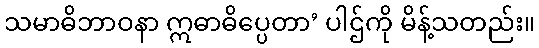
သမာဓိဘာဝနာ ဣဓာဓိပ္ပေတာ’ ပါဌ်ကို မိန့်သတည်း။